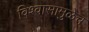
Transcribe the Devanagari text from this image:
विश्‍वासामुळेच